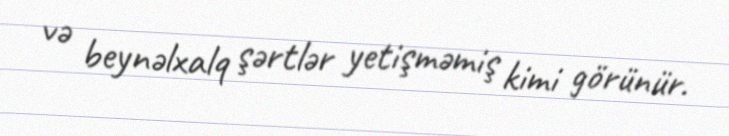
və beynəlxalq şərtlər yetişməmiş kimi görünür.